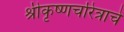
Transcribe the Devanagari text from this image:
श्रीकृष्णचरित्राचे